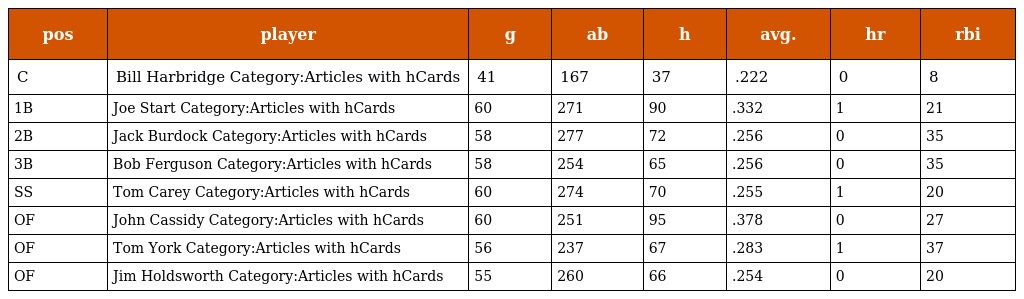
| pos | player | g | ab | h | avg. | hr | rbi |
 | --- | --- | --- | --- | --- | --- | --- | --- |
 | C | Bill Harbridge Category:Articles with hCards | 41 | 167 | 37 | .222 | 0 | 8 |
 | 1B | Joe Start Category:Articles with hCards | 60 | 271 | 90 | .332 | 1 | 21 |
 | 2B | Jack Burdock Category:Articles with hCards | 58 | 277 | 72 | .256 | 0 | 35 |
 | 3B | Bob Ferguson Category:Articles with hCards | 58 | 254 | 65 | .256 | 0 | 35 |
 | SS | Tom Carey Category:Articles with hCards | 60 | 274 | 70 | .255 | 1 | 20 |
 | OF | John Cassidy Category:Articles with hCards | 60 | 251 | 95 | .378 | 0 | 27 |
 | OF | Tom York Category:Articles with hCards | 56 | 237 | 67 | .283 | 1 | 37 |
 | OF | Jim Holdsworth Category:Articles with hCards | 55 | 260 | 66 | .254 | 0 | 20 |